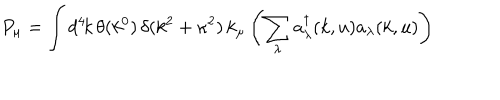
LaTeX: P _ { \mu } = \int d ^ { 4 } \! k \, \theta ( k ^ { 0 } ) \, \delta ( k ^ { 2 } + \kappa ^ { 2 } ) \, k _ { \mu } \left( \sum _ { \lambda } a _ { \lambda } ^ { \dagger } ( k , u ) a _ { \lambda } ( k , u ) \right)